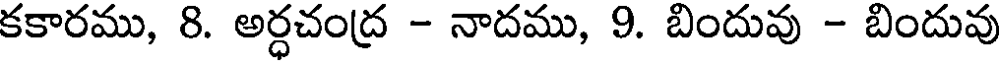
కకారము, 8. అర్ధచంద్ర - నాదము, 9. బిందువు - బిందువు